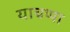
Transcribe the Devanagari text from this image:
याचप्पा